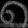
Digit: ၈